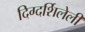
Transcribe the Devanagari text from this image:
दिग्दर्शिलेली